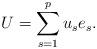
LaTeX: \begin{align*} U=\sum_{s=1}^pu_se_s.\end{align*}